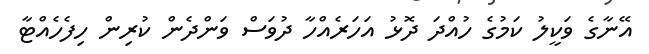
އޭނާގެ ވަކީލު ކަމުގެ ހުއްދަ ދޮޅު އަހަރެއްހާ ދުވަސް ވަންދެން ކުރިން ހިފެހެއްޓާ